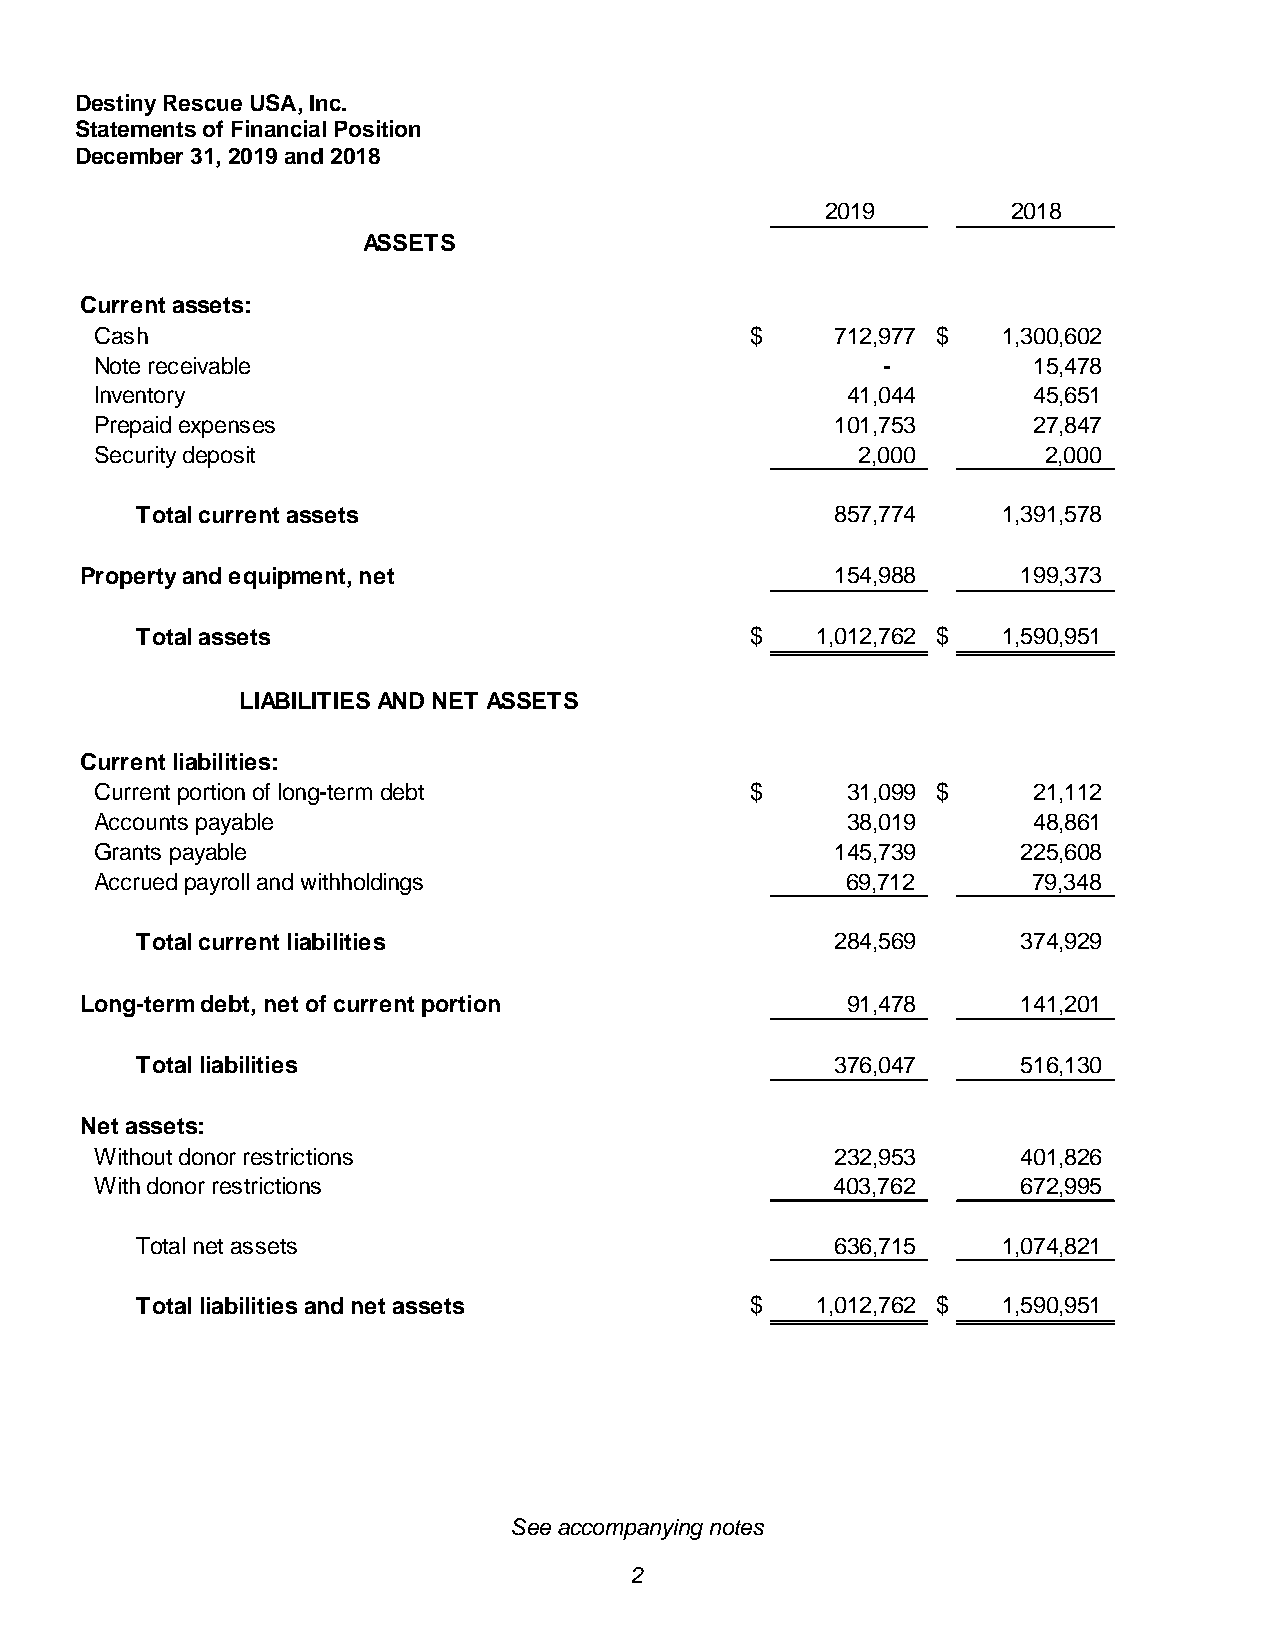
Destiny Rescue USA, Inc.
 Statements of Financial Position
 December 31, 2019 and 2018
 2019        2018
 ASSETS
 Current assets:
 Cash                                        $    712,977 $  1,300,602
 Note receivable                                     -         15,478
 Inventory                                         41,044      45,651
 Prepaid expenses                                 101,753      27,847
 Security deposit                                   2,000       2,000
 Total current assets                          857,774    1,391,578
 Property and equipment, net                       154,988      199,373
 Total assets                             $   1,012,762 $ 1,590,951
 LIABILITIES AND NET ASSETS
 Current liabilities:
 Current portion of long-term debt           $     31,099 $    21,112
 Accounts payable                                  38,019      48,861
 Grants payable                                   145,739      225,608
 Accrued payroll and withholdings                  69,712      79,348
 Total current liabilities                     284,569      374,929
 Long-term debt, net of current portion             91,478      141,201
 Total liabilities                             376,047      516,130
 Net assets:
 Without donor restrictions                       232,953      401,826
 With donor restrictions                          403,762      672,995
 Total net assets                              636,715    1,074,821
 Total liabilities and net assets         $   1,012,762 $ 1,590,951
 See accompanying notes
 2